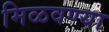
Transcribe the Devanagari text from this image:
मिळवण्या